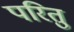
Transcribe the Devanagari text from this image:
परितु